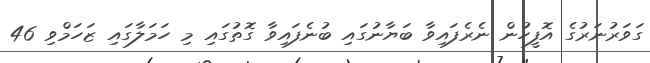
ގަވަރުނަރުގެ އޮފީހުން ނެރެފައިވާ ބަޔާނުގައި ބުނެފައިވާ ގޮތުގައި މި ހަމަލާގައި ޒަހަމްވި 46